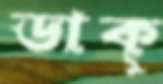
ডাক্